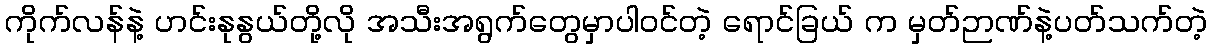
ကိုက်လန်နဲ့ ဟင်းနုနွယ်တို့လို အသီးအရွက်တွေမှာပါဝင်တဲ့ ရောင်ခြယ် က မှတ်ဉာဏ်နဲ့ပတ်သက်တဲ့